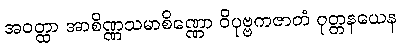
အဝတ္ထာ အာစိဏ္ဏသမာစိဏ္ဏော ဝိပုဗ္ဗကဇာတံ ဝုတ္တနယေန